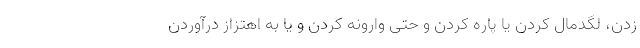
زدن، لگدمال کردن یا پاره کردن و حتی وارونه کردن و یا به اهتزاز درآوردن